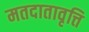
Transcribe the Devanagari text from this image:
मतदातावृत्ति